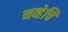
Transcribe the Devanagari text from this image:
नव्हेचि